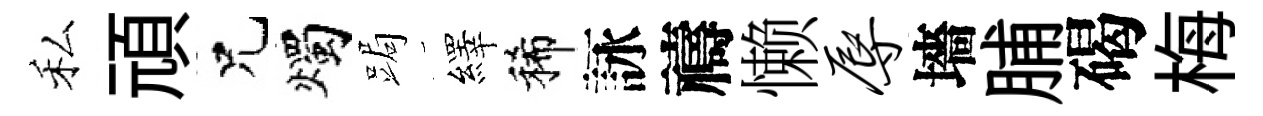
私頑兄燭跼繹稀詠禱懒辱墻脯碣梅